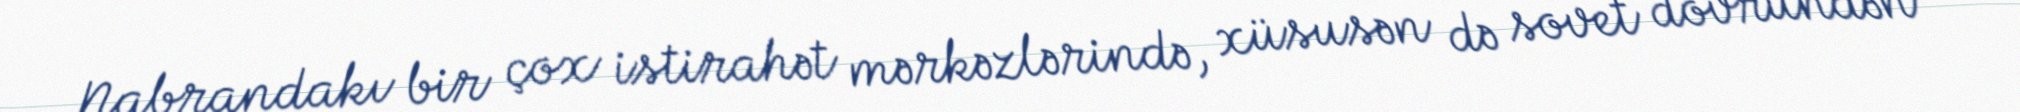
Nabrandakı bir çox istirahət mərkəzlərində, xüsusən də sovet dövründən